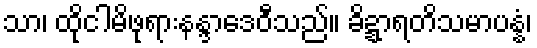
သာ၊ ထိုငါမိဖုရားနန္ဒာဒေဝီသည်။ ခိဍ္ဍာရတိသမာပန္နံ၊